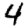
Digit: 4